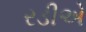
રડીએ